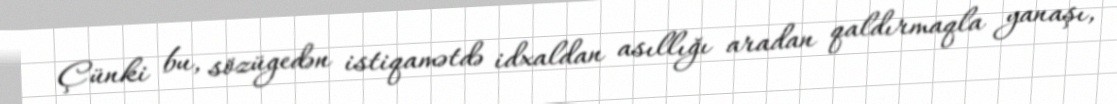
Çünki bu, sözügedən istiqamətdə idxaldan asıllığı aradan qaldırmaqla yanaşı,